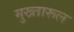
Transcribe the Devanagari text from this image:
मुख्तारूल